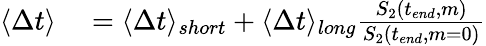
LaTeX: \begin{array}{rlr}{\langle\Delta t\rangle}&{{}=\langle\Delta t\rangle_{short}+\langle\Delta t\rangle_{long}\frac{S_{2}(t_{end},m)}{S_{2}(t_{end},m=0)}}\end{array}